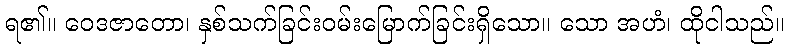
ရ၏။ ဝေဒဇာတော၊ နှစ်သက်ခြင်းဝမ်းမြောက်ခြင်းရှိသော။ သော အဟံ၊ ထိုငါသည်။